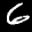
Label: 6